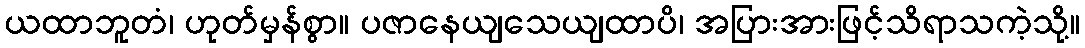
ယထာဘူတံ၊ ဟုတ်မှန်စွာ။ ပဇာနေယျသေယျထာပိ၊ အပြားအားဖြင့်သိရာသကဲ့သို့။